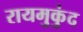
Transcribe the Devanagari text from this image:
रायमुकुंद